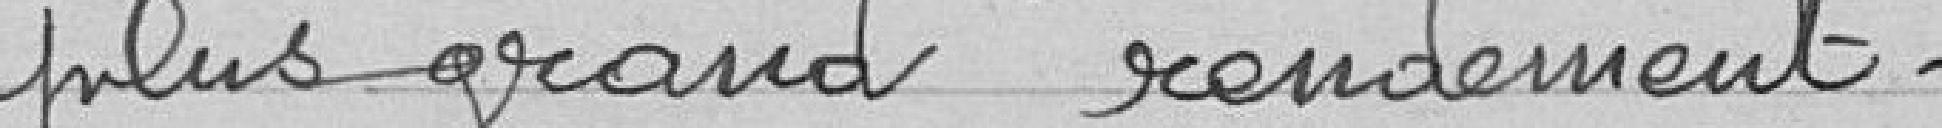
plus grand rendement.